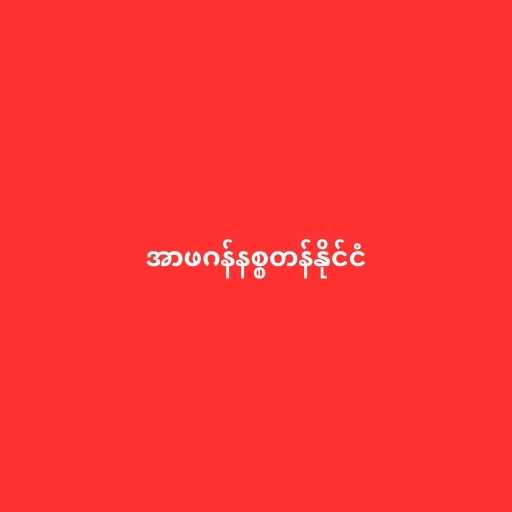
အာဖဂန်နစ္စတန်နိုင်ငံ